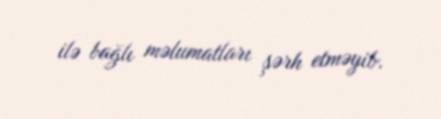
ilə bağlı məlumatları şərh etməyib.